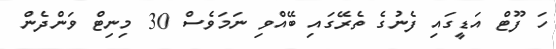
ހަ ފޫޓް އަޑީގައި ފެނުގެ ތެރޭގައި ބޭއްވި ނަމަވެސް 30 މިނިޓް ވަންދެން